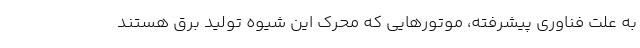
به علت فناوری پیشرفته، موتور‌هایی که محرک این شیوه تولید برق هستند